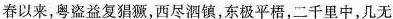
春以来，粤盗益复猖獗，西尽泗镇，东极平梧，二千里中，几无